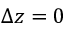
\Delta z = 0